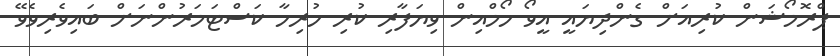
ޕްރޮމޯޝަން ކުރިއަށް ގެންދިޔައީ އީވޯ ހޯމްއިން ވިޔަފާރި ކުރި ހުރިހާ ކަސްޓަމަރުންނަށް ބައިވެރިވެވޭ